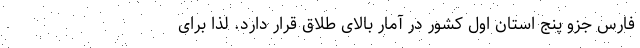
فارس جزو پنج استان اول کشور در آمار بالای طلاق قرار دارد. لذا برای